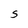
Character: s